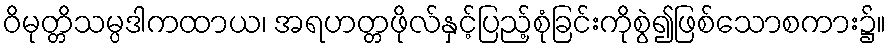
ဝိမုတ္တိသမ္ပဒါကထာယ၊ အရဟတ္တဖိုလ်နှင့်ပြည့်စုံခြင်းကိုစွဲ၍ဖြစ်သောစကား၌။